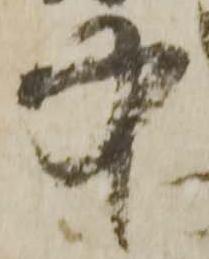
中